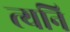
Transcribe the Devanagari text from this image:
त्यनि